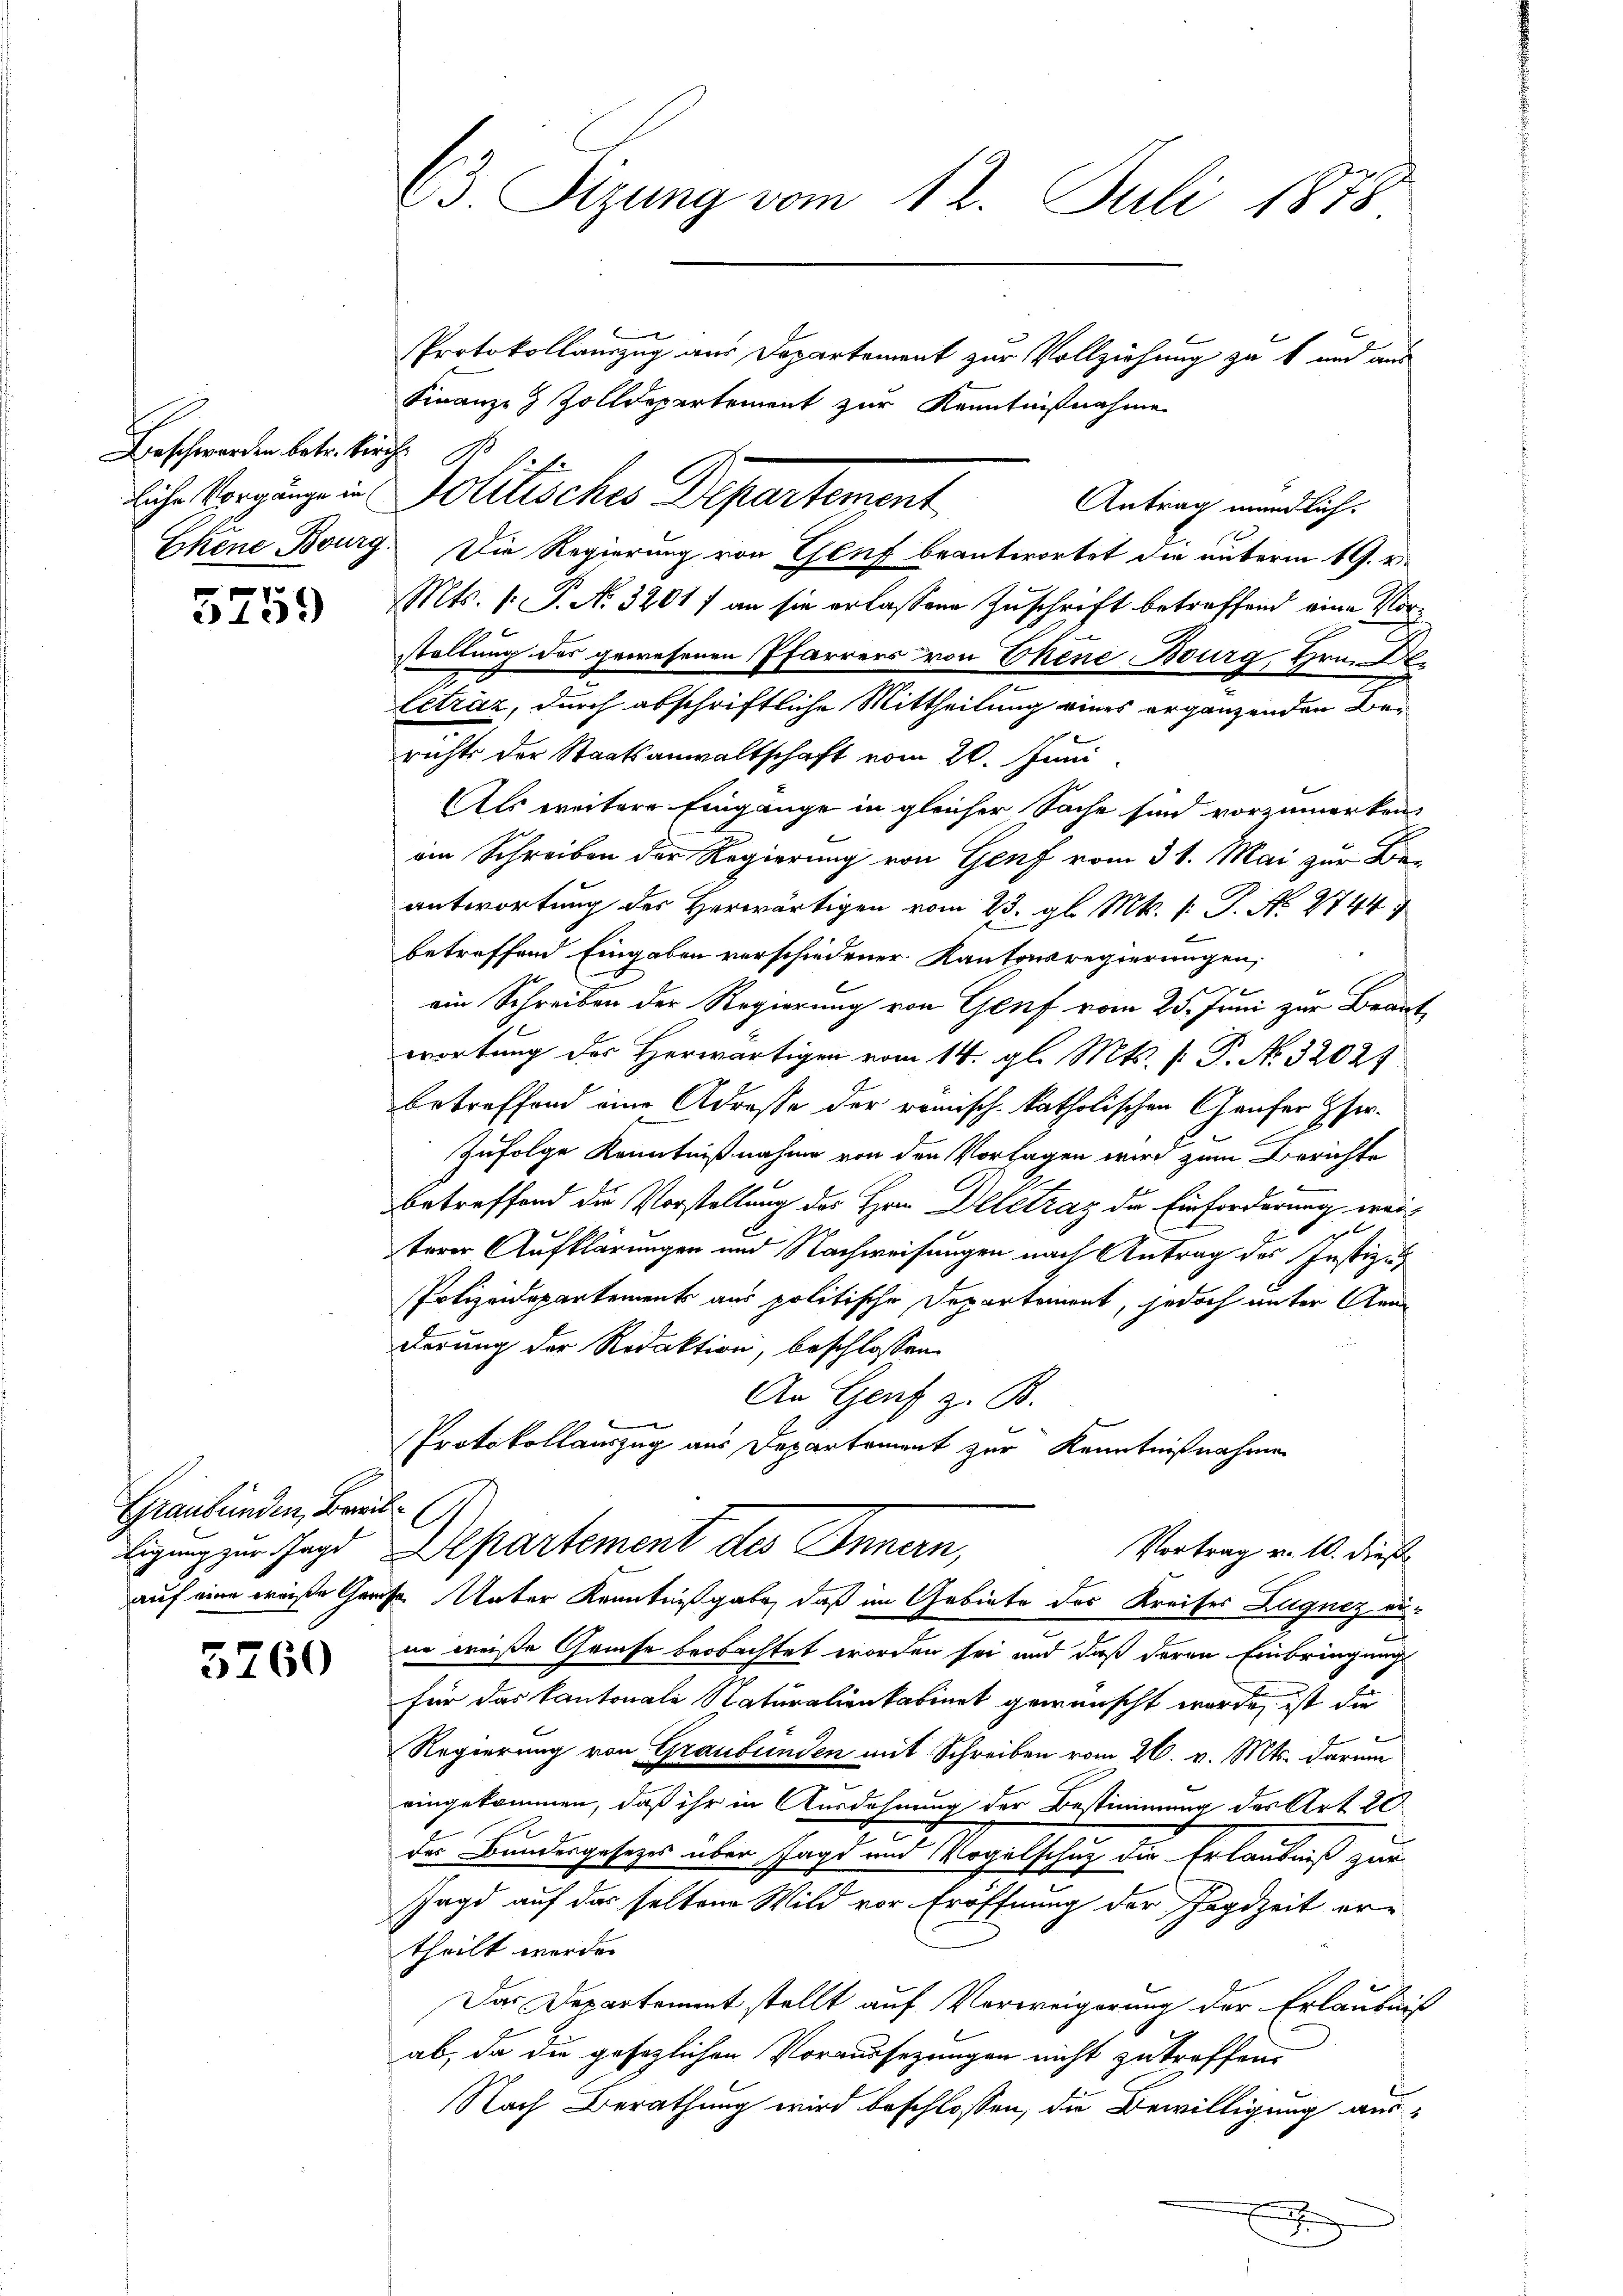
Beschwerden betr. Kirche

5759

Graubünden, Breit¬

5260

C3. Sizung vom 12. Juli 1878

Protokollamzug aus Departement zur Vollziehung zu t und aus
Finanz- & Zolldepartement zur Kenntnißnahme
Antrag mündlich.
Ehene Bourg. Die Regierung von Gluf beantwortet die unterm 19. v.
Mts. (: P. N. 3201 f an sie erlassene Zuschrift betreffend eine Vorstellung des gewesenen Pfarrers von Ehene Bourg, Hrn. Der
Cetráz, durch abschriftliche Mittheilung eines ergänzenden Berichts der Staatsanwaltschaft vom 20. Juni
Als weitere Eingange in gleicher Sache sind vorzumerken,
ain Schreiben der Regierung von Genf vom 31. Mai zur Be
antwortung des Herwärtigen vom 23. gl. Mts. v. P. N. 2744
betreffend Eingaben verschiedener Kantonsregierungen,
ein Schreiben der Regierung von Genf vom 25. Juni zur Braut
wortung des Herwärtigen vom 14. gl. Mts. [ P. No. 32027
betreffend eine Adresse der remisch-katholischen Genfer Her-
Zufolge Kenntnißnahme von den Vorlagen wird zum Berichte
betreffend die Vorstellung des Hrn. Deletrag die Einforderung weiterer Aufklärungen und Nachweisungen nach Antrag des Justiz u
Polizeidepartements aus politische Departement, jedoch unter Anne
derung der Redaktion, beschlossen:
An Genf z. B.
i
Protokollauszug aus Departement zur Kenntnißnahmen
G.
ligung zur Jagd Departement des Innern,
Vortrag v. 10. dieß
auf eine weiße Gruse. Unter Kenntnißgabe, daß im Gebiete des Kreises Zugnez erne weiße Greise beobachtet worden sei und daß deren Einbringung
für das Kantonale Naturalienkabinet gewünscht wurde, ist die
Regierung von Graubünden mit Schreiben vom 26. v. Mts. darum
eingekommen, daß ihr in Ausdehnung der Bestimmung des Art. 20
der Bundesgesetzes über Jagd und Vogelschutz die Erlaubniß zur
Jagd auf das selten Wild vor Eröffnung der Jagdzeit er-
theilt werde.
Das Departement stellt auf Verweigerung der Erlaubniß
ab, da die gesezlichen Voraussezungen nicht zu treffen,
Nach Berathung wird beschlossen, die Bewilligung aus¬

.

liche Vorgänge in Politisches Departement